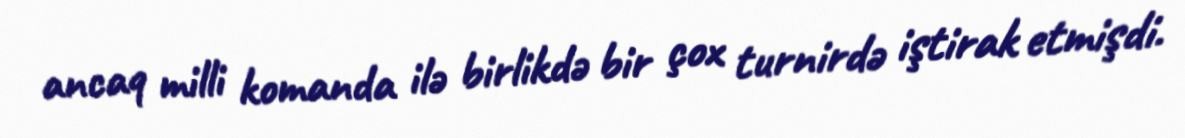
ancaq milli komanda ilə birlikdə bir çox turnirdə iştirak etmişdi.